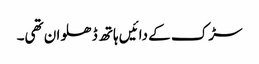
سڑک کے دائیں ہاتھ ڈھلوان تھی۔